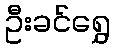
ဦးခင်ရွှေ